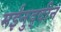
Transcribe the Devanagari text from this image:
मईनुद्दीन